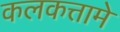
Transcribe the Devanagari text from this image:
कलकत्तामे